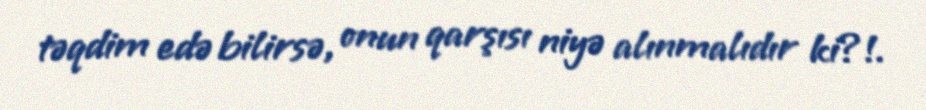
təqdim edə bilirsə, onun qarşısı niyə alınmalıdır ki?!.